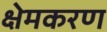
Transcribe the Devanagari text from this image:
क्षेमकरण